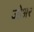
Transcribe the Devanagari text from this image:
जोअर